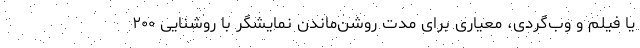
یا فیلم و وب‌گردی، معیاری برای مدت روشن‌ماندن نمایشگر با روشنایی ۲۰۰